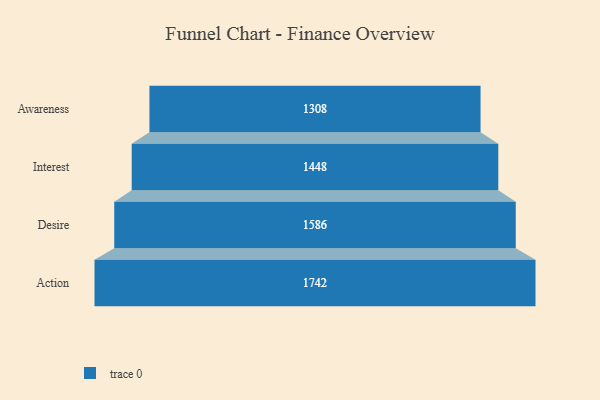
{"axis": {"x": "Stage", "y": "Value"}, "legend": [""], "data": [{"x": "Awareness", "y": 1308.0, "type": ""}, {"x": "Interest", "y": 1448.0, "type": ""}, {"x": "Desire", "y": 1586.0, "type": ""}, {"x": "Action", "y": 1742.0, "type": ""}]}